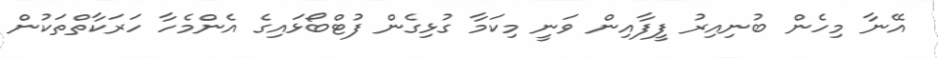
އޭނާ މިހެން ބުނިއިރު ފީފާއިން ވަނީ މިކަމާ ގުޅިގެން ފުޓްބޯޅައިގެ އެންމެހާ ހަރަކާތްތަކުން